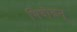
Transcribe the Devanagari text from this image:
भिदोइन्